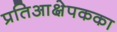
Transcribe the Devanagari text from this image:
प्रतिआक्षेपकका